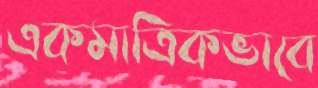
একমাত্রিকভাবে